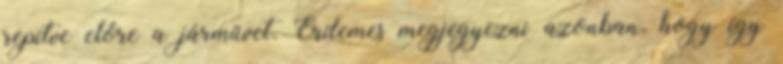
repítve előre a járművet. Érdemes megjegyezni azonban, hogy így